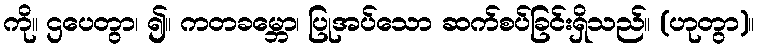
ကို။ ဌပေတွာ၊ ၍။ ကတခမ္ဘော၊ ပြုအပ်သော ဆက်စပ်ခြင်းရှိသည်။ (ဟုတွာ)။